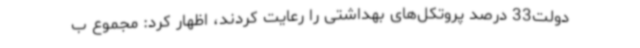
دولت33 درصد پروتکل‌های بهداشتی را رعایت کردند، اظهار کرد: مجموع ب